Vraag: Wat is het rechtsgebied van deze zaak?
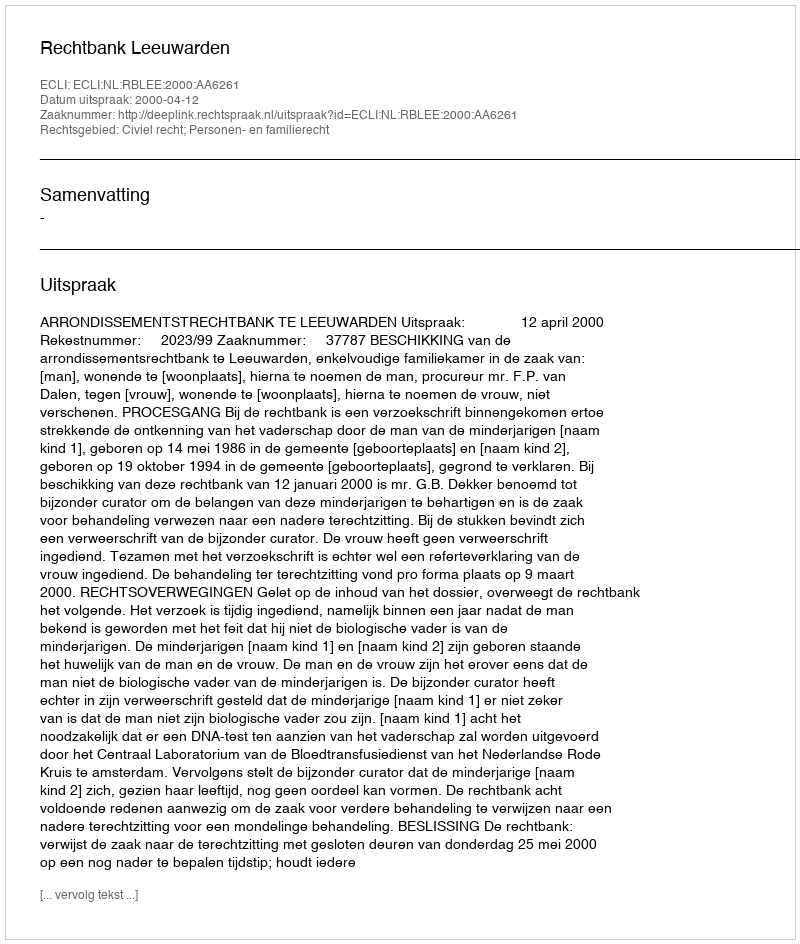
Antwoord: Civiel recht; Personen- en familierecht